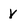
Character: V